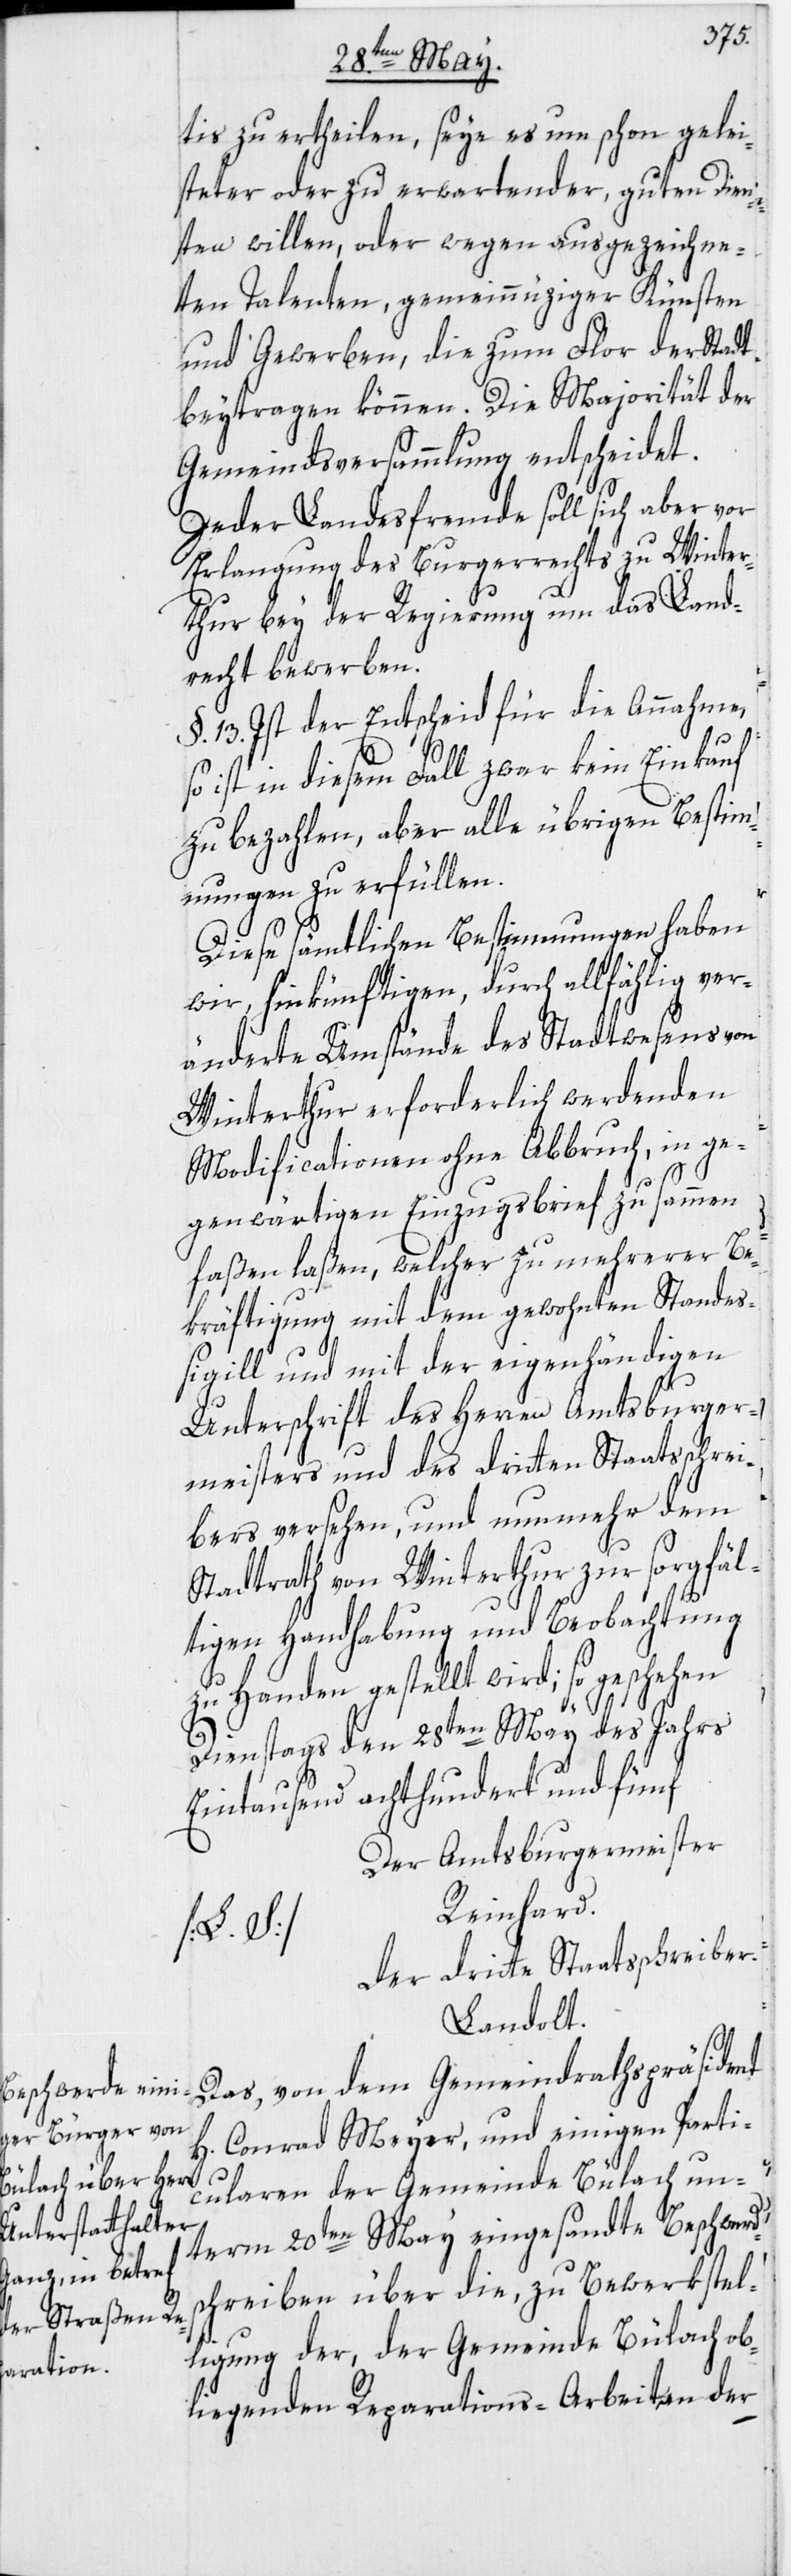
tis zu ertheilen, seye es um schon gelei¬
steter oder zu erwartender, guten Dien¬
sten willen, oder wegen ausgezeichne¬
ten Talenten, gemeinnüziger Künsten
und Gewerben, die zum Flor der Stadt
beytragen können. Die Majorität der
Gemeindsversammlung entscheidet.
Jeder Landesfremde soll sich aber vor
Erlangung des Burgerrechts zu Winter¬
thur bey der Regierung um das Land¬
recht bewerben.
§. 13. Ist der Entscheid für die Annahme,
so ist in diesem Fall zwar kein Einkauf
zu bezahlen, aber alle übrigen Bestim¬
mungen zu erfüllen.
Diese sämtlichen Bestimmungen haben
wir, hinkünftigen, durch allfählig ver¬
änderte Umstände des Stadtwesens von
Winterthur erforderlich werdenden
Modificationen ohne Abbruch, in ge¬
genwärtigen Einzugsbrief zusammen
faßen laßen, welcher zu mehrerer Be¬
kräftigung mit dem gewohnten Standes¬
sigill und mit der eigenhändigen
Unterschrift des Herren Amtsburger¬
meisters und des dritten Staatsschrei¬
bers versehen, und nunmmehr dem
Stadtrath von Winterthur zur sorgfäl¬
tigen Handhabung und Beobachtung
zu Handen gestellt wird; so geschehen
Dienstags den 28ten May des Jahrs
Eintausend achthundert und fünf
Der Amtsburgermeister
Reinhard.
Der dritte Staatsschreiber.
Landolt.
Das, von dem Gemeindrathspräsident
H. Conrad Meyer, und einigen Parti¬
cularen der Gemeinde Bülach un¬
term 20ten May eingesandte Beschwerd¬
schreiben über die, zu Bewerkstel¬
ligung der, der Gemeinde Bülach ob¬
liegenden Reparations-Arbeiten der